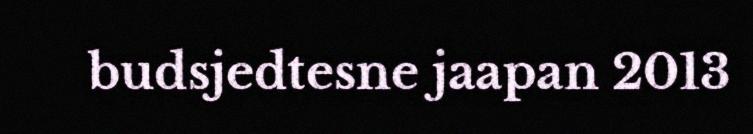
budsjedtesne jaapan 2013